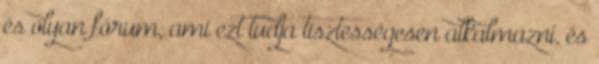
és olyan fórum, ami ezt tudja tisztességesen alkalmazni, és